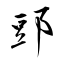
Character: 郖